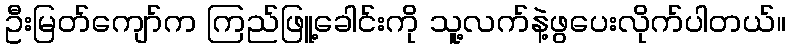
ဦးမြတ်ကျော်က ကြည်ဖြူ့ခေါင်းကို သူ့လက်နဲ့ဖွပေးလိုက်ပါတယ်။